Vaccination report Assam 1874-1896 - 1874-1896
Year: 1874
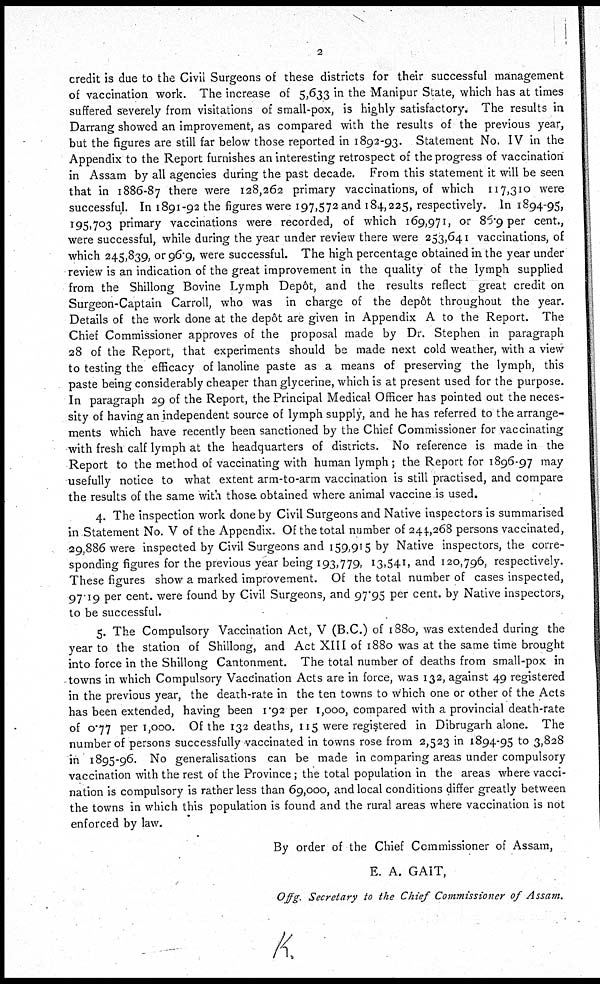
2
credit is due to the Civil Surgeons of these districts for their successful management
of vaccination work. The increase of 5,633 in the Manipur State, which has at times
suffered severely from visitations of small-pox, is highly satisfactory. The results in
Darrang showed an improvement, as compared with the results of the previous year,
but the figures are still far below those reported in 1892-93. Statement No. IV in the
Appendix to the Report furnishes an interesting retrospect of the progress of vaccination
in Assam by all agencies during the past decade. From this statement it will be seen
that in 1886-87 there were 128,262 primary vaccinations, of which 117,310 were
successful. In 1891-92 the figures were 197,572 and 184,225, respectively. In 1894-95,
195,703 primary vaccinations were recorded, of which 169,971, or 86.9 per cent.,
were successful, while during the year under review there were 253,641 vaccinations, of
which 245,839, or 96.9, were successful. The high percentage obtained in the year under
review is an indication of the great improvement in the quality of the lymph supplied
from the Shillong Bovine Lymph Depôt, and the results reflect great credit on
Surgeon-Captain Carroll, who was in charge of the depôt throughout the year.
Details of the work done at the depôt are given in Appendix A to the Report. The
Chief Commissioner approves of the proposal made by Dr. Stephen in paragraph
28 of the Report, that experiments should be made next cold weather, with a view
to testing the efficacy of lanoline paste as a means of preserving the lymph, this
paste being considerably cheaper than glycerine, which is at present used for the purpose.
In paragraph 29 of the Report, the Principal Medical Officer has pointed out the neces-
sity of having an independent source of lymph supply, and he has referred to the arrange-
ments which have recently been sanctioned by the Chief Commissioner for vaccinating
with fresh calf lymph at the headquarters of districts. No reference is made in the
Report to the method of vaccinating with human lymph ; the Report for 1896-97 may
usefully notice to what extent arm-to-arm vaccination is still practised, and compare
the results of the same with those obtained where animal vaccine is used.
4. The inspection work done by Civil Surgeons and Native inspectors is summarised
in Statement No. V of the Appendix. Of the total number of 244,268 persons vaccinated,
29,886 were inspected by Civil Surgeons and 159,915 by Native inspectors, the corre-
sponding figures for the previous year being 193,779, 13,541, and 120,796, respectively.
These figures show a marked improvement. Of the total number of cases inspected,
97.19 per cent. were found by Civil Surgeons, and 97.95 per cent. by Native inspectors,
to be successful.
5. The Compulsory Vaccination Act, V (B.C.) of 1880, was extended during the
year to the station of Shillong, and Act XIII of 1880 was at the same time brought
into force in the Shillong Cantonment. The total number of deaths from small-pox in
towns in which Compulsory Vaccination Acts are in force, was 132, against 49 registered
in the previous year, the death-rate in the ten towns to which one or other of the Acts
has been extended, having been 1.92 per 1,000, compared with a provincial death-rate
of 0.77 per 1,000. Of the 132 deaths, 115 were registered in Dibrugarh alone. The
number of persons successfully vaccinated in towns rose from 2,523 in 1894-95 to 3,828
in 1895-96. No generalisations can be made in comparing areas under compulsory
vaccination with the rest of the Province ; the total population in the areas where vacci-
nation is compulsory is rather less than 69,000, and local conditions differ greatly between
the towns in which this population is found and the rural areas where vaccination is not
enforced by law.
By order of the Chief Commissioner of Assam,
E. A. GAIT,
Offg. Secretary to the Chief Commissioner of Assam.